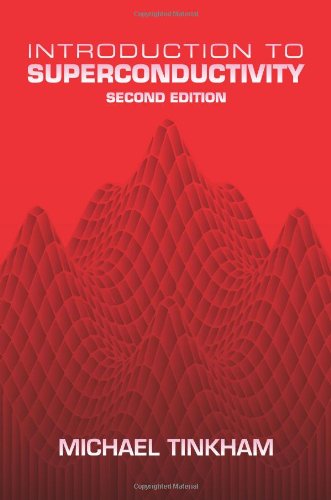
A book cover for Introduction to Superconductivity: Second Edition (Dover Books on Physics) (Vol i); Michael Tinkham; Science & Math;